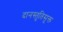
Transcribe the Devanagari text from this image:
दानस्तुतिसूक्त